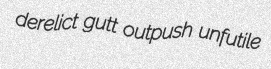
derelict gutt outpush unfutile